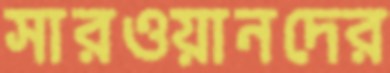
সারওয়ানদের